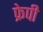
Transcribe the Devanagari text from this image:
फ्रेपी